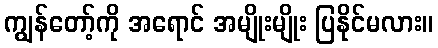
ကျွန်တော့်ကို အရောင် အမျိုးမျိုး ပြနိုင်မလား။